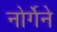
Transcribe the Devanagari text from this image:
नोर्गेने